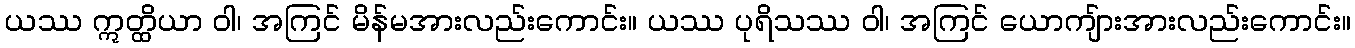
ယဿ ဣတ္ထိယာ ဝါ၊ အကြင် မိန်မအားလည်းကောင်း။ ယဿ ပုရိသဿ ဝါ၊ အကြင် ယောကျ်ားအားလည်းကောင်း။